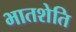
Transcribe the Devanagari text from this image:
भातशेति